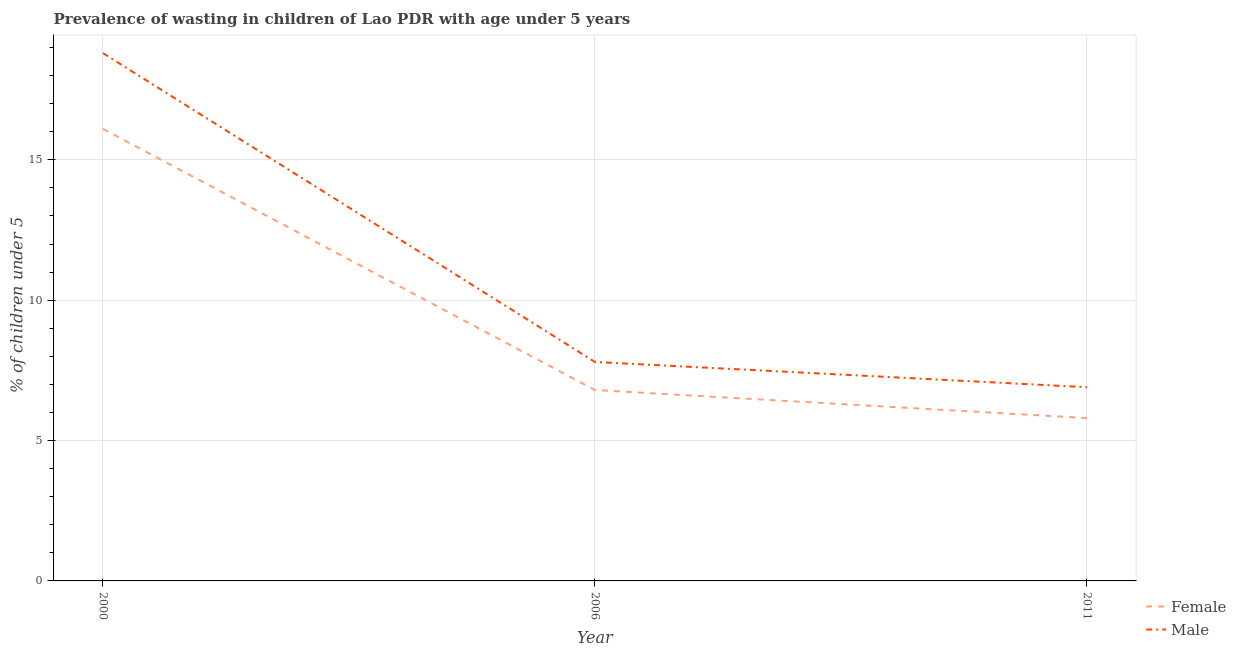
| Year | Female | Male |
 | --- | --- | --- |
 | 2000 | 16.1 | 18.8 |
 | 2006 | 6.8 | 7.8 |
 | 2011 | 5.8 | 6.9 |